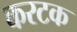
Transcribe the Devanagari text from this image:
करटक